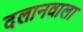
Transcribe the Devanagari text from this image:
दलानवाला